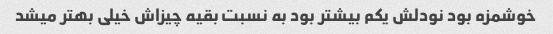
خوشمزه بود نودلش یکم بیشتر بود به نسبت بقیه چیزاش خیلی بهتر میشد